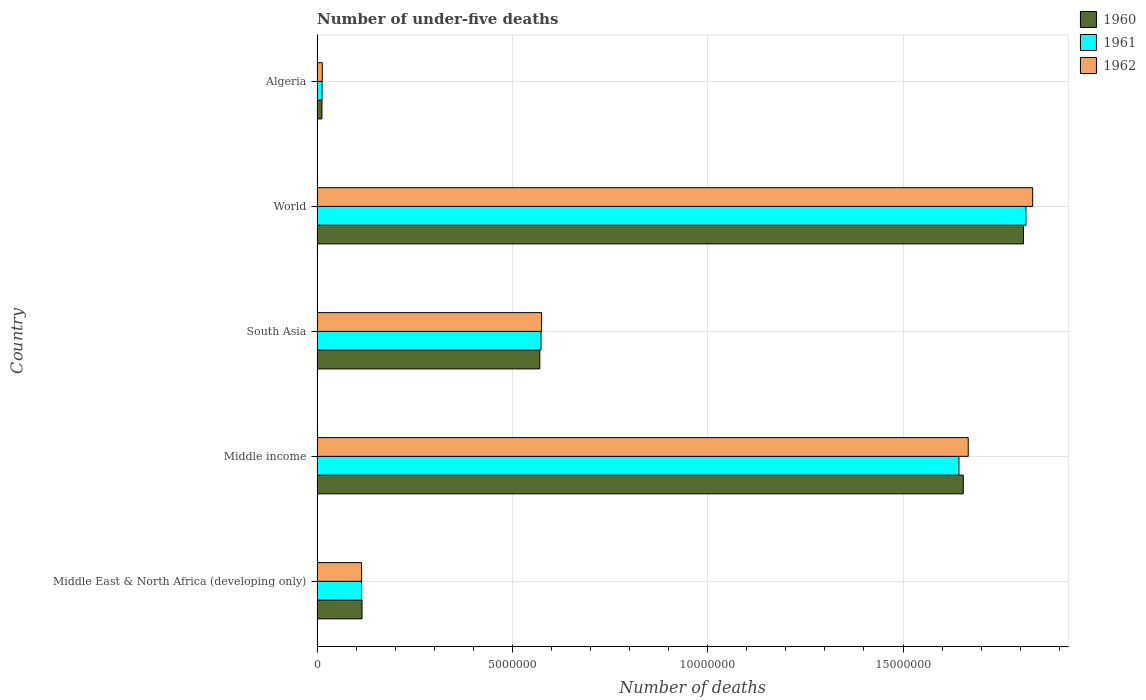
| Country | 1960 | 1961 | 1962 |
 | --- | --- | --- | --- |
 | Middle East & North Africa (developing only) | 1.15e+06 | 1.14e+06 | 1.14e+06 |
 | Middle income | 1.65e+07 | 1.64e+07 | 1.67e+07 |
 | South Asia | 5.7e+06 | 5.73e+06 | 5.75e+06 |
 | World | 1.81e+07 | 1.81e+07 | 1.83e+07 |
 | Algeria | 1.25e+05 | 1.28e+05 | 1.33e+05 |